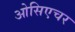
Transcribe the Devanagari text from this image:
ओसिएचर